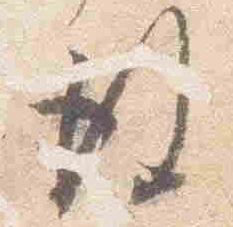
後